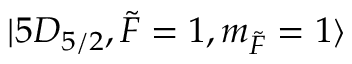
\lvert 5 D _ { 5 / 2 } , \Tilde { F } = 1 , m _ { \Tilde { F } } = 1 \rangle